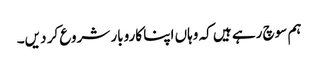
ہم سوچ رہے ہیں کہ وہاں اپنا کاروبار شروع کر دیں۔